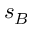
s _ { B }